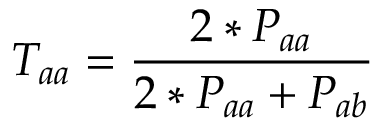
T _ { a a } = \frac { 2 * P _ { a a } } { 2 * P _ { a a } + P _ { a b } }